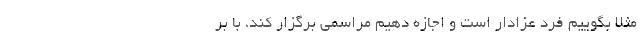
مثلاً بگوییم فرد عزادار است و اجازه دهیم مراسمی برگزار کند، با بر